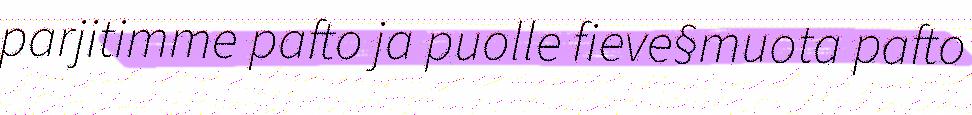
parjitimme pafto ja puolle fieve§muota pafto